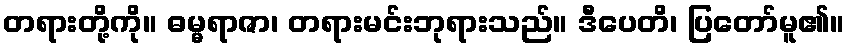
တရားတို့ကို။ ဓမ္မရာဇာ၊ တရားမင်းဘုရားသည်။ ဒီပေတိ၊ ပြတော်မူ၏။